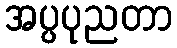
အပ္ပပုညတာ